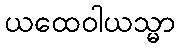
ယထေဝါယသ္မာ